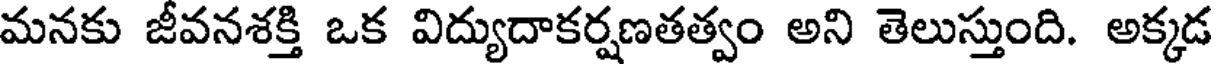
మనకు జీవనశక్తి ఒక విద్యుదాకర్షణతత్వం అని తెలుస్తుంది. అక్కడ